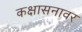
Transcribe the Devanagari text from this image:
कक्षासनावर